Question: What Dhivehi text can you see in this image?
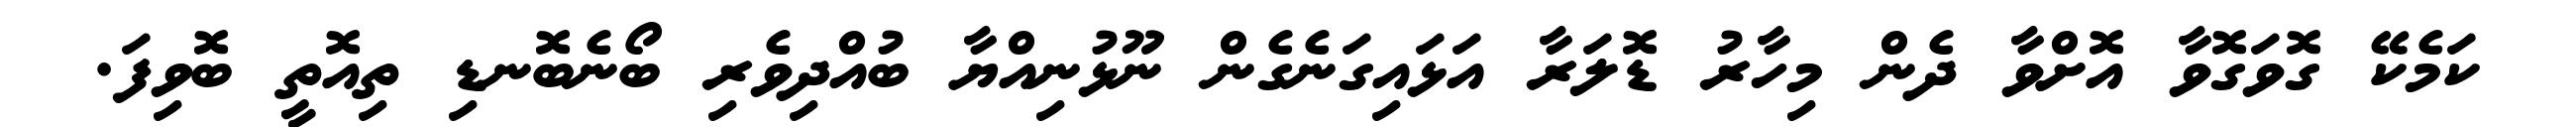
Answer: ކަމެކޭ ގޮވަގޮވާ އޮށްވާ ދެން މިހާރު ޑޮލަރާ އަޅައިގަނެގެން ނޫޅުނިއްޔާ ބުއްދިވެރި ބޯނެބޮނޑި ތިއޮތީ ބޮވިފަ.